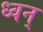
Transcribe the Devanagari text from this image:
ध्वन्